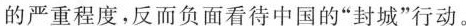
的严重程度，反而负面看待中国的”封城”行动。